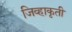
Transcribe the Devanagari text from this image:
जिव्हाकृती